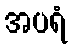
အပရံ